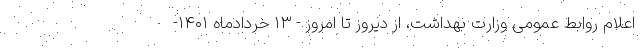
اعلام روابط عمومی وزارت بهداشت، از دیروز تا امروز - ۱۳ خردادماه ۱۴۰۱-